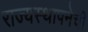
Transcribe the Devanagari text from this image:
राज्यस्थापनेची